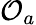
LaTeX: \mathcal{O}_{a}